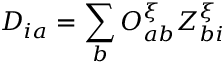
D _ { i a } = \sum _ { b } O _ { a b } ^ { \xi } Z _ { b i } ^ { \xi }